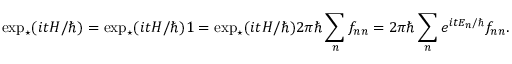
\exp _ { \star } ( i t H / \hbar ) = \exp _ { \star } ( i t H / \hbar ) \* 1 = \exp _ { \star } ( i t H / \hbar ) \* 2 \pi \hbar \sum _ { n } f _ { n n } = 2 \pi \hbar \sum _ { n } e ^ { i t E _ { n } / \hbar } f _ { n n } .